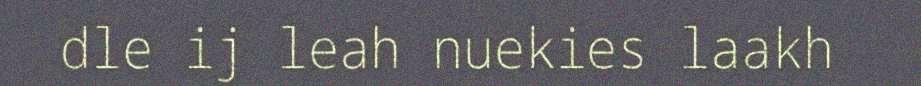
dle ij leah nuekies laakh